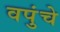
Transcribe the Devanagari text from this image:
वपुंचे